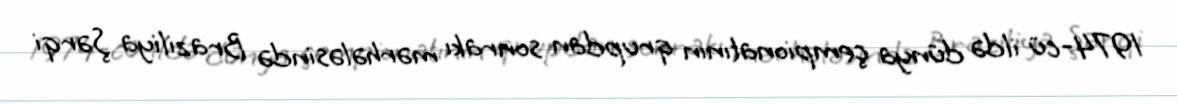
1974-cü ildə dünya çempionatının qrupdan sonrakı mərhələsində Braziliya Şərqi